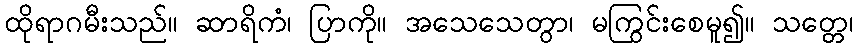
ထိုရာဂမီးသည်။ ဆာရိကံ၊ ပြာကို။ အသေသေတွာ၊ မကြွင်းစေမူ၍။ သတ္တေ၊